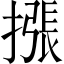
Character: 𢳫